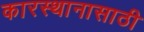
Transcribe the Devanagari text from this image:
कारस्थानासाठी